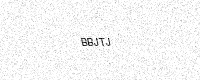
Text: BBJTJ